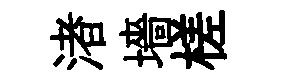
渚墻槎